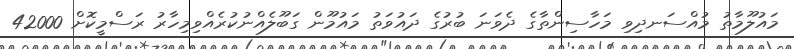
މައުލޫމާތު މުއްސަނދިވި މަހާސިންތާގެ ދެވަނަ ބުރުގެ ދައުވަތު މައުމޫން ގަބޫލެއްނުކުރެއްވިމިހާރު ރަސްމީކޮށް 42000